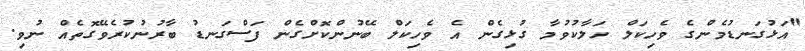
"އަޅުގަނޑުމެންގެ ވެހިކަލް ހަލާކުވުމާ ގުޅިގެން އެ ވެހިކަލް ބޭނުންކޮށްގެން ފަސްގަނޑު ބާރުނުކުރެވޭގޮތެއް ނުވި.